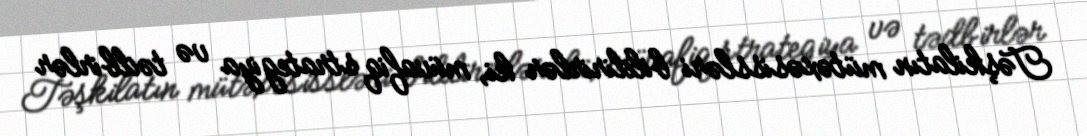
Təşkilatın mütəxəsissləri bildirirlər ki, müvafiq strategiya və tədbirlər